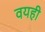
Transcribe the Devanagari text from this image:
वयही